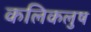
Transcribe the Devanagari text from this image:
कलिकलुष